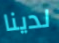
لدينا